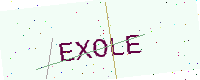
Text: EXOLE